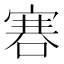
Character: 𠹟